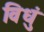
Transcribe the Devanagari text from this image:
विधुं